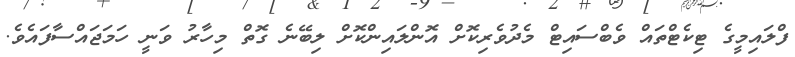
ފްލައިމީގެ ޓިކެޓްތައް ވެބްސައިޓް މެދުވެރިކޮށް އޮންލައިންކޮށް ލިބޭނެ ގޮތް މިހާރު ވަނީ ހަމަޖައްސާފައެވެ.